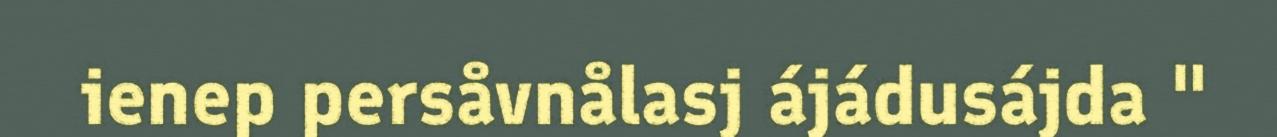
ienep persåvnålasj ájádusájda "